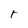
Character: r